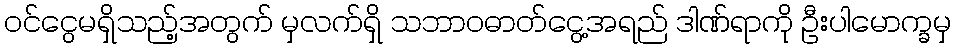
ဝင်ငွေမရှိသည့်အတွက် မှလက်ရှိ သဘာဝဓာတ်ငွေ့အရည် ဒါဏ်ရာကို ဦးပါမောက္ခမှ